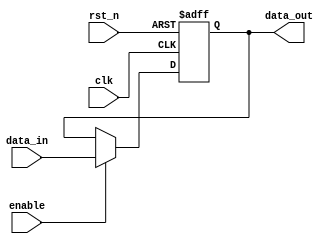
module output_register #(
    parameter WIDTH = 8  // Parameter to define the bit width of the register
)(
    input wire clk,       // Clock input
    input wire rst_n,     // Asynchronous reset (active low)
    input wire enable,    // Enable signal
    input wire [WIDTH-1:0] data_in, // Data input
    output reg [WIDTH-1:0] data_out  // Output register
);

    // Asynchronous reset and synchronous update
    always @(posedge clk or negedge rst_n) begin
        if (!rst_n) begin
            data_out <= {WIDTH{1'b0}}; // Clear the register to zero
        end else if (enable) begin
            data_out <= data_in; // Update the register with data input
        end
    end

endmodule